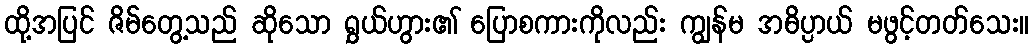
ထို့အပြင် ဇိမ်တွေ့သည် ဆိုသော ရွှယ်ဟွား၏ ပြောစကားကိုလည်း ကျွန်မ အဓိပ္ပာယ် မဖွင့်တတ်သေး။